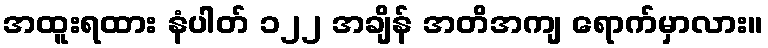
အထူးရထား နံပါတ် ၁၂၂ အချိန် အတိအကျ ရောက်မှာလား။